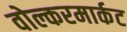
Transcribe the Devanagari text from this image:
वोल्करमार्कट